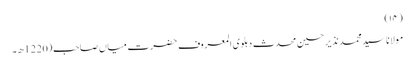
(۱۴)
مولانا سید محمد نذیر حسین محدث دہلوی المعروف حضرت میاں صاحب (1220ھ۔